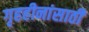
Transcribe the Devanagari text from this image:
गृहहीनांसाठी